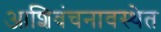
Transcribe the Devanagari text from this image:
आशिवंचनावस्थेत